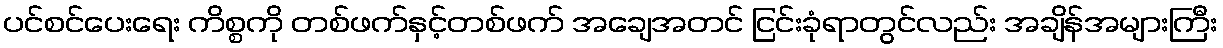
ပင်စင်ပေးရေး ကိစ္စကို တစ်ဖက်နှင့်တစ်ဖက် အချေအတင် ငြင်းခုံရာတွင်လည်း အချိန်အများကြီး